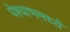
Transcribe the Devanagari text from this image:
पेश्याभमध्ये